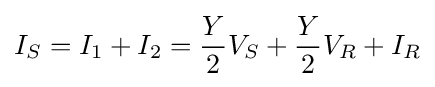
I_{S}=I_{1}+I_{2}={\frac {Y}{2}}V_{S}+{\frac {Y}{2}}V_{R}+I_{R}